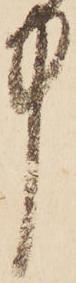
中